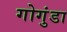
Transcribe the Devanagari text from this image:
गोगुंडा